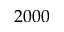
2 0 0 0